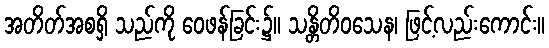
အတိတ်အစရှိ သည်ကို ဝေဖန်ခြင်း၌။ သန္တိတိဝသေန၊ ဖြင့်လည်းကောင်း။